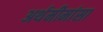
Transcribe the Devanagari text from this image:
अर्थमीमांसा